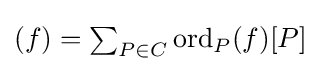
{\textstyle (f)=\sum _{P\in C}{\mathrm {ord} _{P}(f)[P]}}